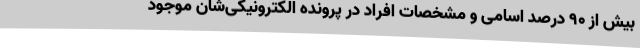
بیش از ۹۰ درصد اسامی و مشخصات افراد در پرونده الکترونیکی‌شان موجود